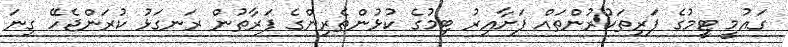
ގައުމީ ޓީމުގެ ފަރިތަކުރުންތައް ފަށާއިރު ޓިމުގެ ކުޅުންތެރިންގެ ފަރާތުން ރަނގަޅު ކުރަންޖެހޭ ގިނަ